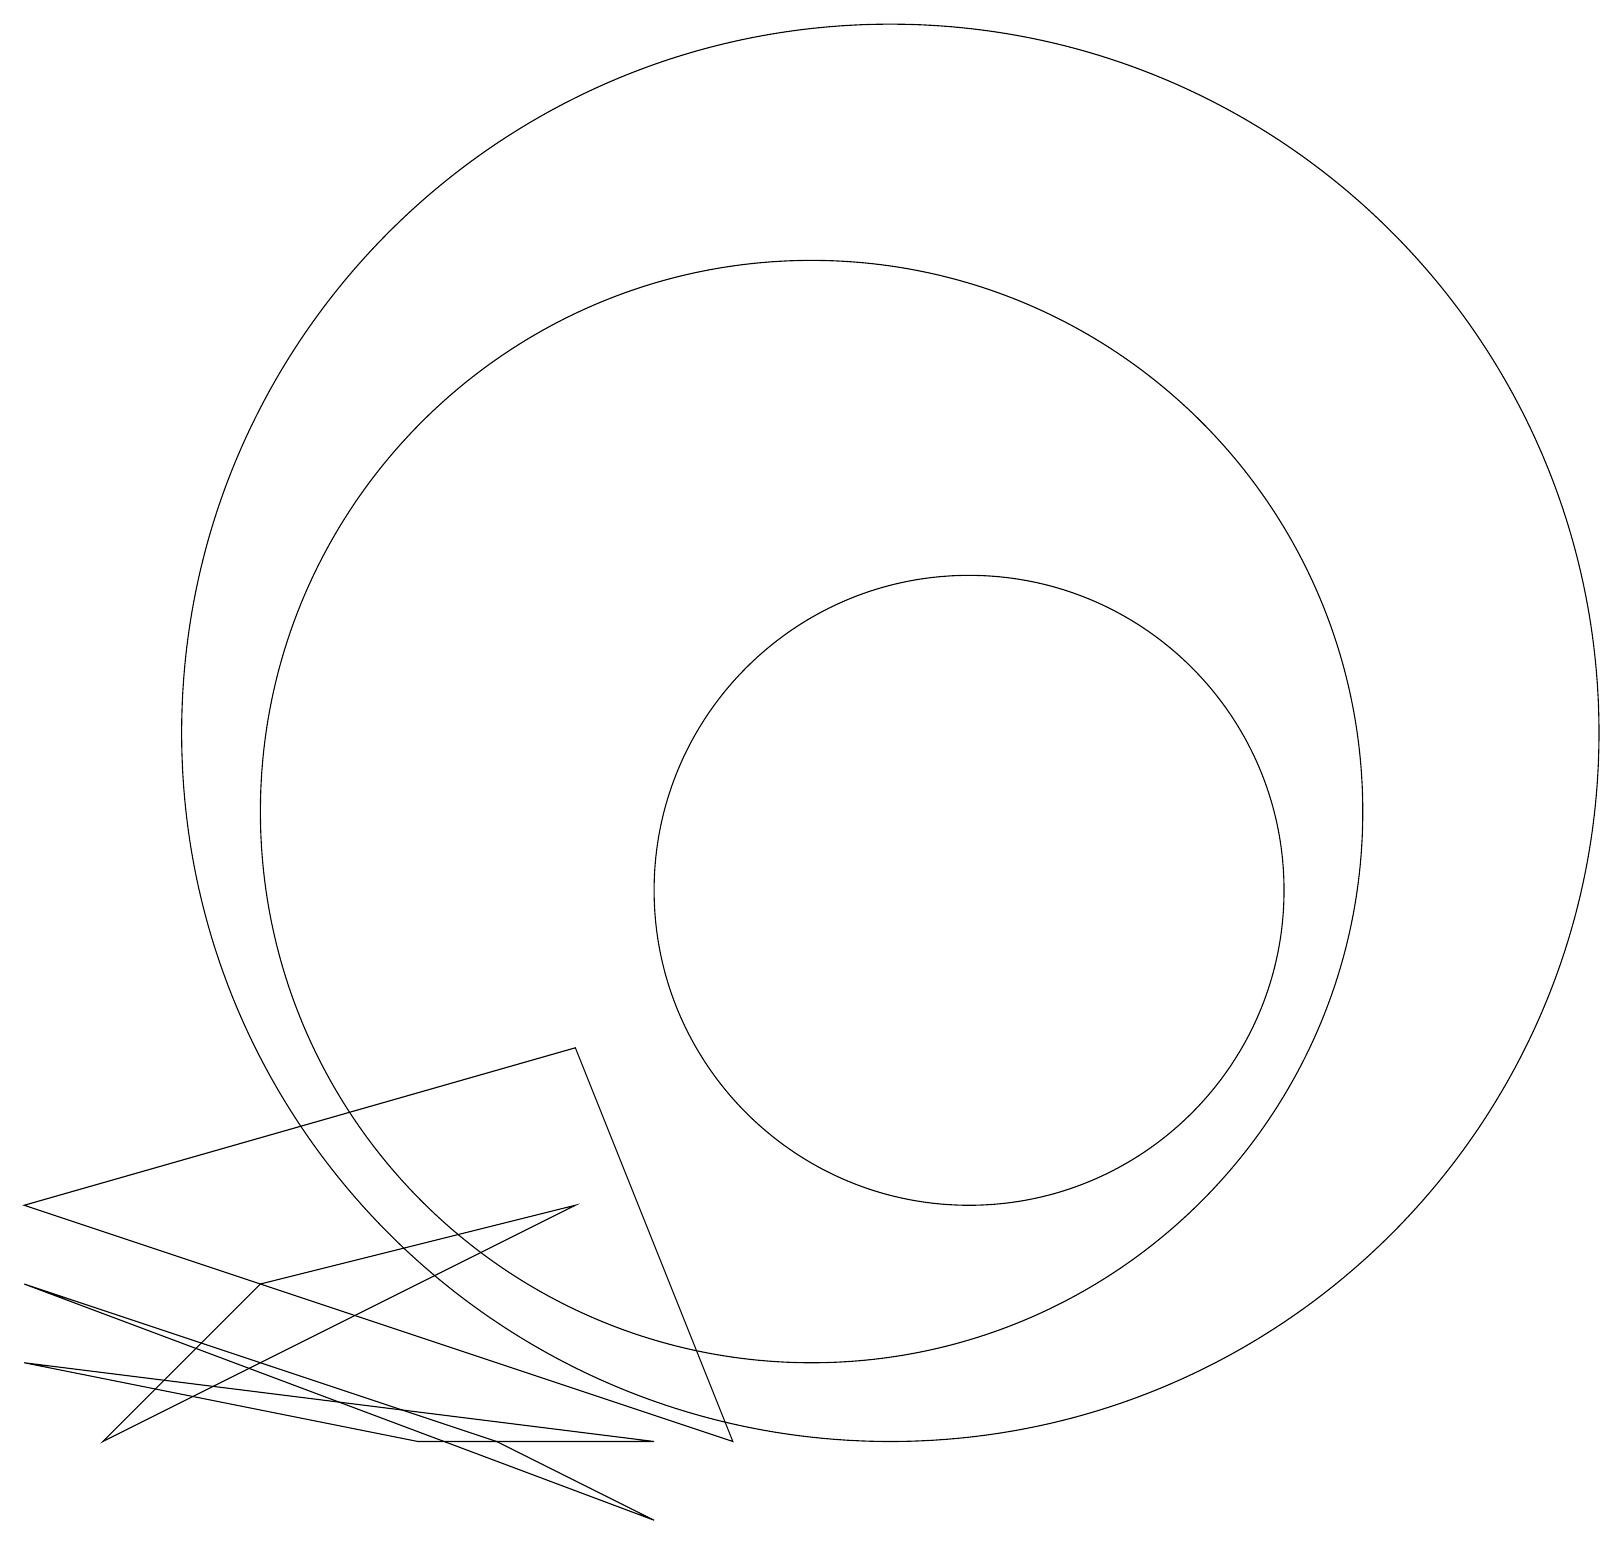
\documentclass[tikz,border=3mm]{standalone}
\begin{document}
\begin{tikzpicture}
\draw (10,11) circle (7);
\draw (5,3) -- (8,3) -- (0,4) -- cycle;
\draw (11,12) circle (9);
\draw (1,3) -- (3,5) -- (7,6) -- cycle;
\draw (9,3) -- (7,8) -- (0,6) -- cycle;
\draw (6,3) -- (0,5) -- (8,2) -- cycle;
\draw (12,10) circle (4);
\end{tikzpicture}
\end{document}